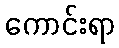
ကောင်းရာ